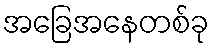
အခြေအနေတစ်ခု